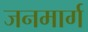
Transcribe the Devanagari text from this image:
जनमार्ग